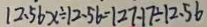
1 2 . 5 6 x \div 1 2 . 5 6 = 1 2 7 - 1 7 \div 1 2 . 5 6